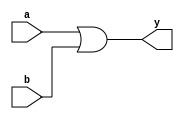
module or2(y,a,b);
output y;

input a,b;

assign y = a | b;

endmodule